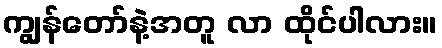
ကျွန်တော်နဲ့အတူ လာ ထိုင်ပါလား။